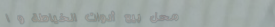
محل بيع أدوات الخياطة و ا